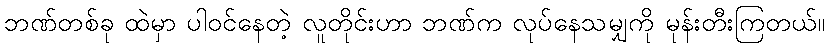
ဘဏ်တစ်ခု ထဲမှာ ပါဝင်နေတဲ့ လူတိုင်းဟာ ဘဏ်က လုပ်နေသမျှကို မုန်းတီးကြတယ်။